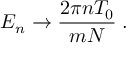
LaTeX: E _ { n } \rightarrow { \frac { 2 \pi n T _ { 0 } } { m N } } \; .